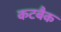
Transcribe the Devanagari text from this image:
कटबैक